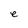
Character: e